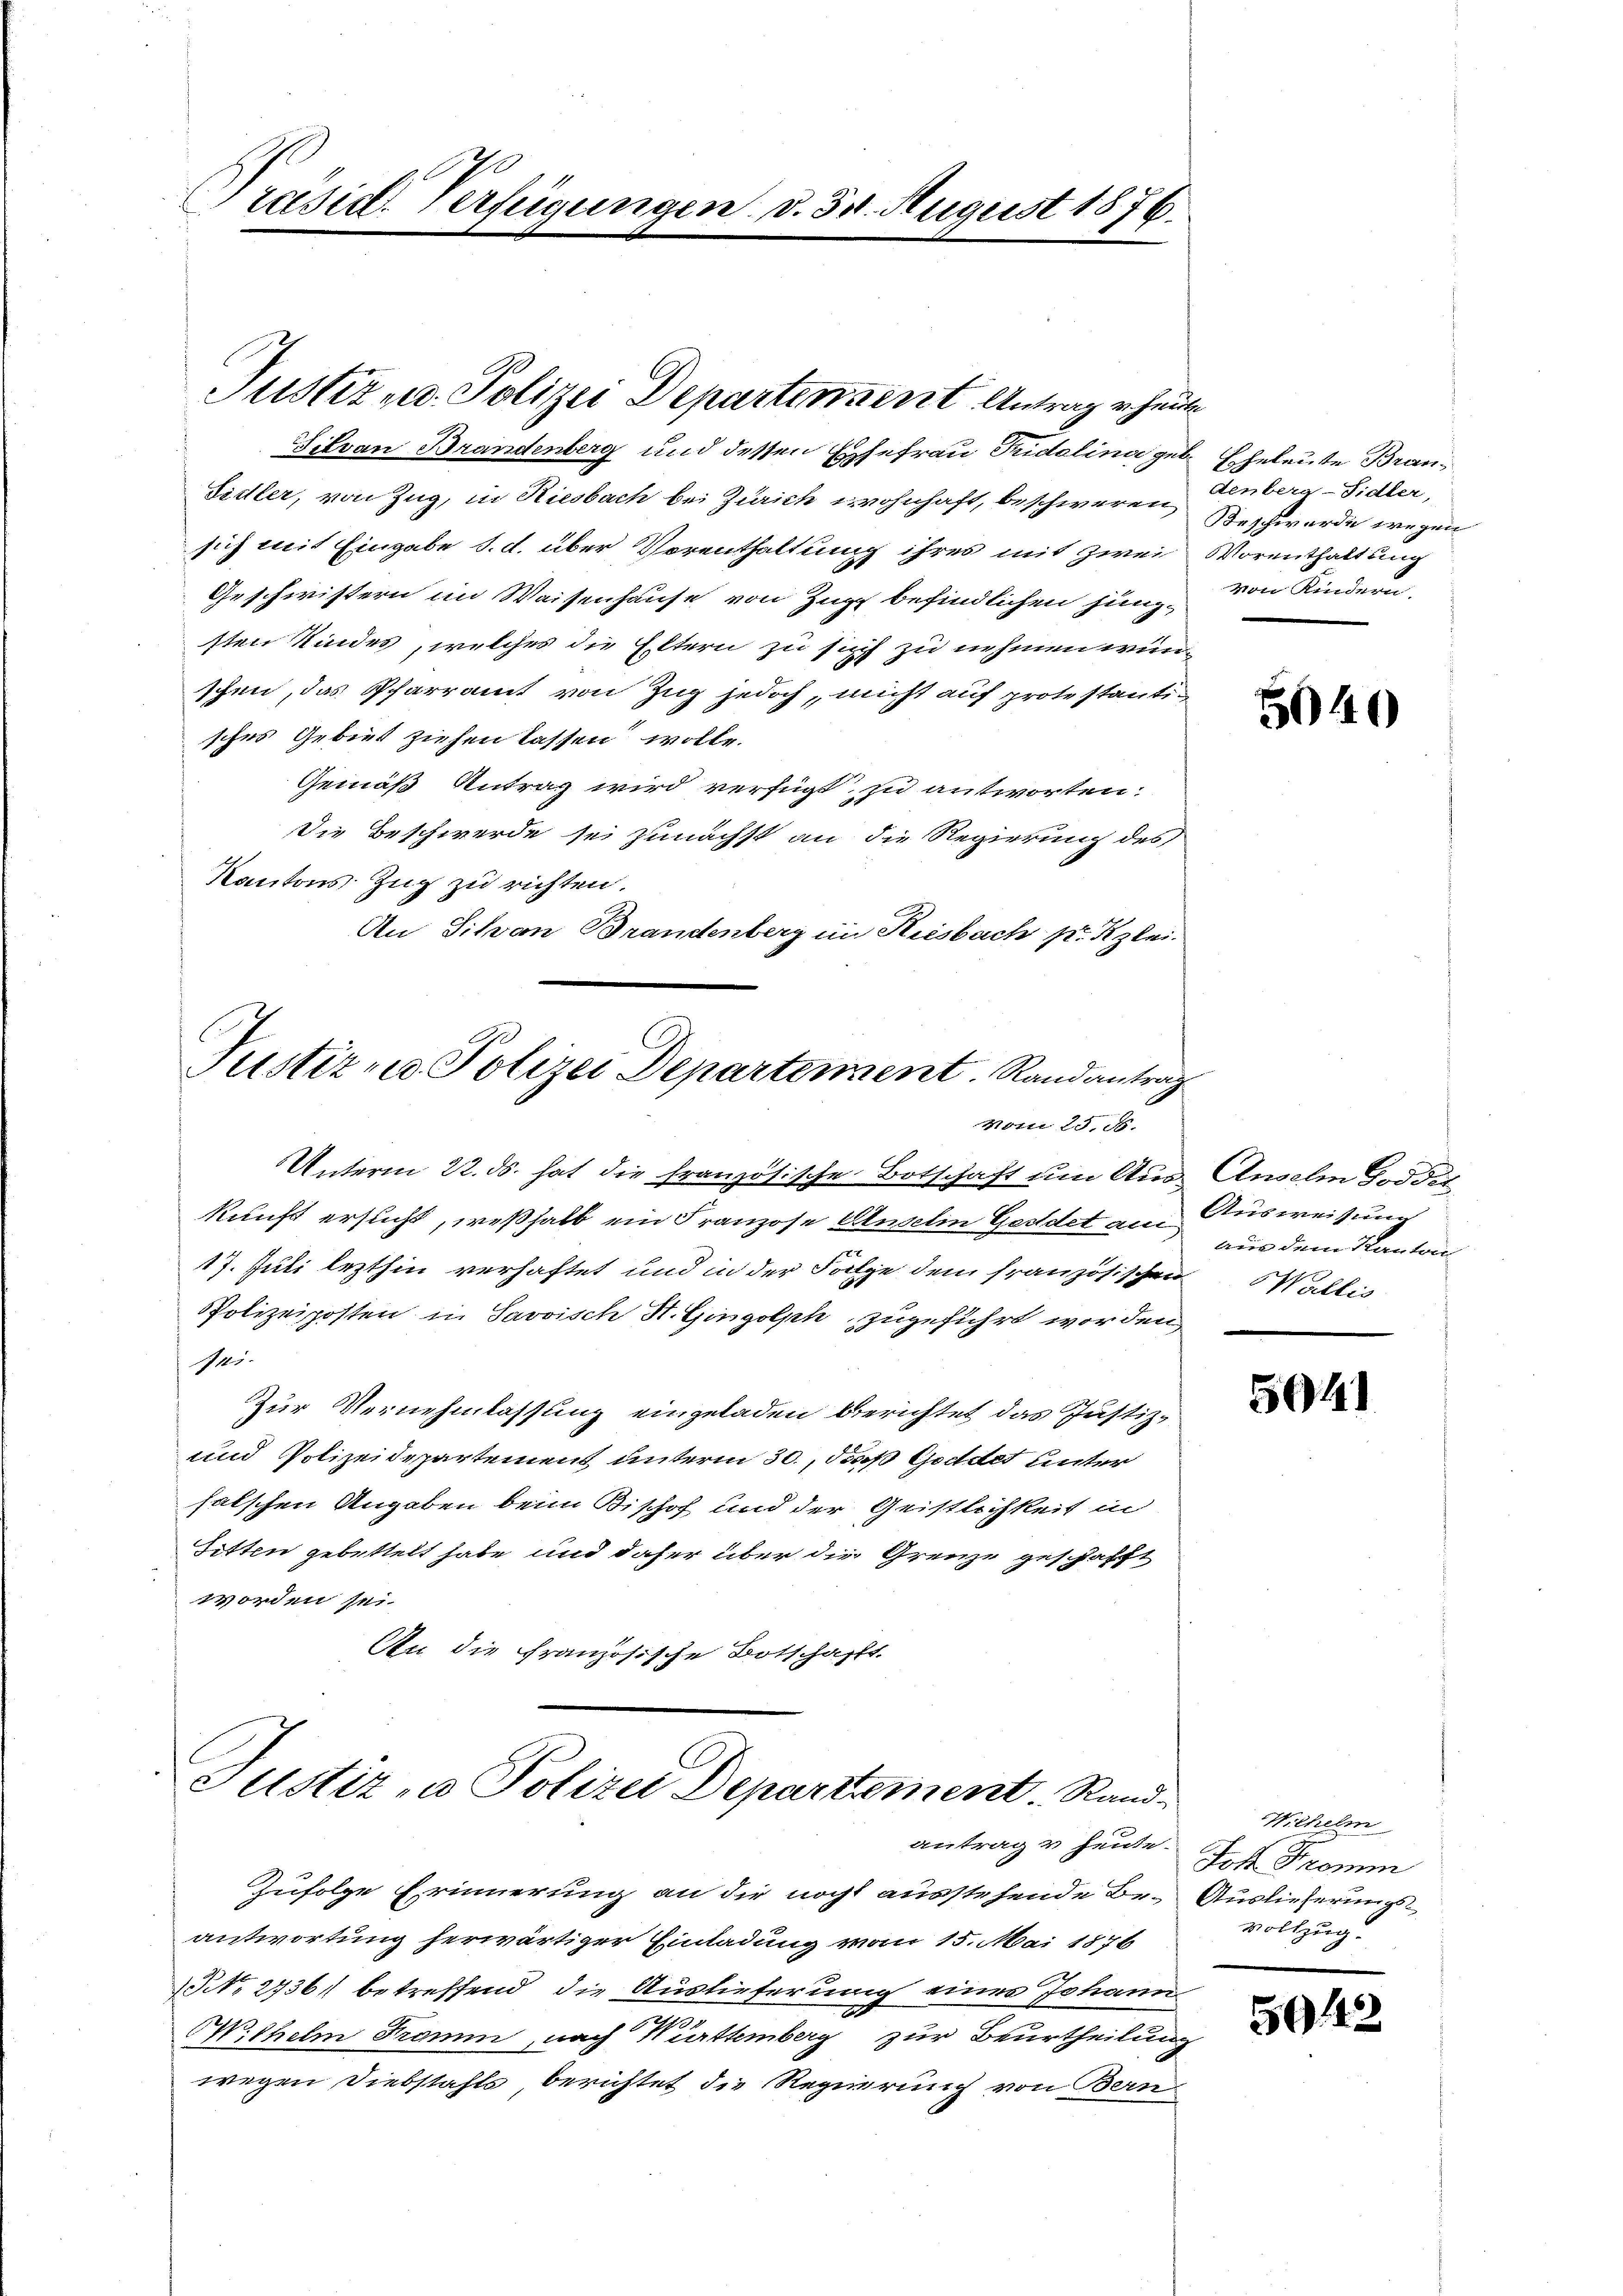
Präsid. Verfügungen d. 30. August 1876.

Tilvan Brandenberg und dessen Ehefrau Tridelina ge
Sittler, von Zug, in Riesbach bei Zürich wohnhaft, beschweren
sich mit Eingabe d. d. über Vorenthaltung ihres mit zwei
Geschwistern im Waisenhause von Zug befindlichen Hunzsten Kindes, welches die Eltern zu sich zu nehmen würschen, das Pfarramt von Zug jedoch, nicht auf protestantisches Gebiet ziehen lassen wolle.
Gemäß Antrag wird verfügt zu antworten.
Die Beschwerde sei zunächst an die Regierung des
Kantons Zug zu richten.
An Silvan Brandenberg im Reisbach pr. Kzlei-
Justiz - Polizei Departement. Randantrag
Notte 25, 18.
Unterm 22. ds. hat die französische Botschaft um Auskunft ersucht, weßhalb ein Franzose Anselin Geldet auc
17. Juli lezthin verhaftet und in der Folge dem französischen Wallis
Polizeiposten in Savvisch St. Gingolph zugeführt worden,
141.
Zur Vernehmlassung eingeladen berichtet das Justiz-
und Polizeidepartement unterm 30., daß Geldet unter
falschen Angaben beim Bishof und der Geistlichkeit in
Sitten gebettelt habe und daher über die Grenze geschafft
worden sei.
An die Französische Botschafft.

Justiz u. Polizei Departement Antrag er heute

Justiz u. Polizei Departement. Rand-

antrage heute. Ich Fromm
Zufolge Erinnerung an die nocht ausstehende Be-
antwortung herwärtiger Einladung vom 15. Mai 1876
NNo. 27361 betreffend die Auslieferung eines Johann
Wilhelm Tramm, nach Württemberg zur Beurtheilung
wegen Diebstahls, berichtet die Regierung von Bern

B. Eheleute Brandenberg-Sidler,
Beschwerde wegen
Vorenthaltung
von Kindern.

5040

Ansehen Goldet
Ausweisung
aus dem Kanton

5041

Wilhelm
Auslieferungs¬
Vollzug.

59442